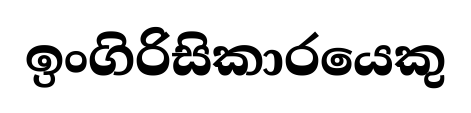
ඉංගිරිසිකාරයෙකු